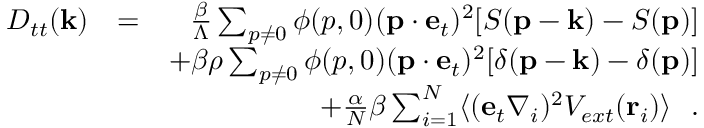
\begin{array} { r l r } { D _ { t t } ( { \bf k } ) } & { = } & { \frac { \beta } { \Lambda } \sum _ { p \neq 0 } \phi ( p , 0 ) ( { \bf p } \cdot { \bf e } _ { t } ) ^ { 2 } [ S ( { \bf p } - { \bf k } ) - S ( { \bf p } ) ] } \\ & { } & { \mathrm + \beta \rho \sum _ { p \neq 0 } \phi ( p , 0 ) ( { \bf p } \cdot { \bf e } _ { t } ) ^ { 2 } [ \delta ( { \bf p } - { \bf k } ) - \delta ( { \bf p } ) ] } \\ & { } & { \mathrm + \frac { \alpha } { N } \beta \sum _ { i = 1 } ^ { N } \langle ( { \bf e } _ { t } \nabla _ { i } ) ^ { 2 } V _ { e x t } ( { \bf r } _ { i } ) \rangle ~ ~ . } \end{array}